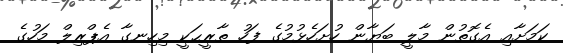
ކަމަށާއި އެގޮތުން މާލީ ބަޔާން ހުށަހެޅުމުގެ ފަހު ތާރީޙަކީ މިހިނގާ އެޕްރިލް މަހުގެ